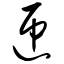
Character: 匝